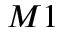
M 1